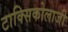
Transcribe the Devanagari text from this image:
टाक्सिकोलाजी